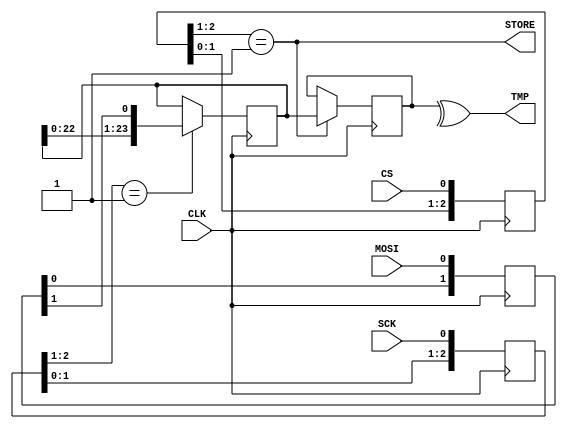
module top(
	input CLK,
	input SCK,
	input CS,
	input MOSI,
	output TMP,
	output STORE);

reg [2:0] SCKr;  
reg [2:0] CSr;  
reg [1:0] MOSIr;  

wire SCK_risingedge = (SCKr[2:1]==2'b01);  // now we can detect SCK rising edges
wire CS_endmessage = (CSr[2:1]==2'b01);  // message stops at rising edge
wire MOSI_data = MOSIr[1];

assign STORE = CS_endmessage;

always @(posedge CLK) 
	SCKr <= {SCKr[1:0], SCK};

always @(posedge CLK) 
	CSr <= {CSr[1:0], CS};

always @(posedge CLK) 
	MOSIr <= {MOSIr[0], MOSI};

assign TMP = ^lcd_data[23:0];
	
reg [23:0] lcd_data;
reg [23:0] tmp_data;

always @(posedge CLK)
begin
  if(SCK_risingedge)
  begin
    tmp_data <= {tmp_data[22:0], MOSI_data};
  end
end

always @(posedge CLK)
begin
  if(CS_endmessage)
  begin
    lcd_data <= tmp_data;
  end
end


endmodule